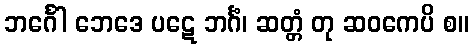
ဘင်္ဂေါ ဘေဒေ ပဋေ ဘင်္ဂံ၊ ဆတ္တံ တု ဆဝကေပိ စ။